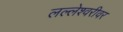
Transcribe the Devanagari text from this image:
लल्लेश्वरीवर